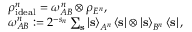
\begin{array} { r l } & { \rho _ { \mathrm { i d e a l } } ^ { n } = \omega _ { A B } ^ { n } \otimes \rho _ { E ^ { n } } , } \\ & { \omega _ { A B } ^ { n } : = 2 ^ { - s _ { n } } \sum _ { \mathbf { s } } \left\vert \mathbf { s } \right\rangle _ { A ^ { n } } \left\langle \mathbf { s } \right\vert \otimes \left\vert \mathbf { s } \right\rangle _ { B ^ { n } } \left\langle \mathbf { s } \right\vert , } \end{array}